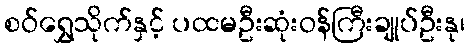
စဝ်ရွှေသိုက်နှင့် ပထမဦးဆုံးဝန်ကြီးချုပ်ဦးနု၊